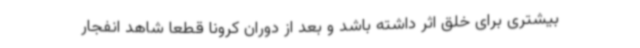
بیشتری برای خلق اثر داشته باشد و بعد از دوران کرونا قطعاً شاهد انفجار